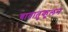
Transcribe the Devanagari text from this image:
वातातुकूलन